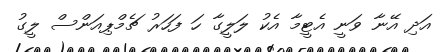
އަދި އޭނާ ވަނީ އެޓީމާ އެކު ލަލީގާ ހަ ފަހަރު ޗެމްޕިއަންސް ލީގު